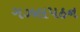
ગઝલપઠન